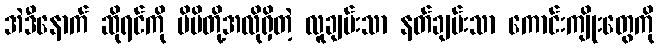
အဲဒီနောက် ဆိုရင်ကို မိမိတို့အလိုရှိတဲ့ လူချမ်းသာ နတ်ချမ်းသာ ကောင်းကျိုးတွေကို